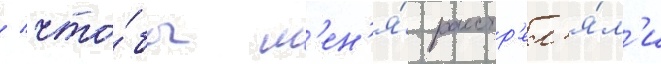
/ что́бы м'ен'я́ расстр'ел'я́л'и